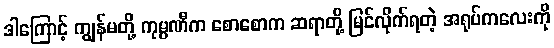
ဒါကြောင့် ကျွန်မတို့ ကုမ္ပဏီက စောစောက ဆရာတို့ မြင်လိုက်ရတဲ့ အရုပ်ကလေးကို